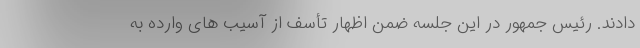
دادند. رئیس جمهور در این جلسه ضمن اظهار تأسف از آسیب های وارده به